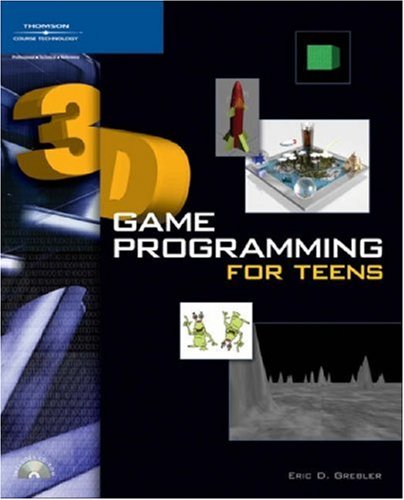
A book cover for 3D Game Programming for Teens; Eric D. Grebler; Children's Books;